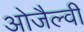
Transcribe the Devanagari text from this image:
ओजैल्वी